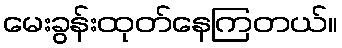
မေးခွန်းထုတ်နေကြတယ်။